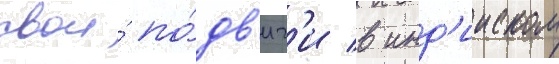
свои́ по́дв'иг'и в инд'ииском